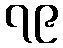
၇၉